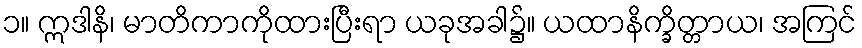
၁။ ဣဒါနိ၊ မာတိကာကိုထားပြီးရာ ယခုအခါ၌။ ယထာနိက္ခိတ္တာယ၊ အကြင်